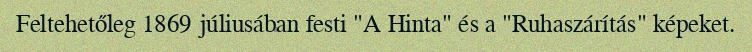
Feltehetőleg 1869 júliusában festi "A Hinta" és a "Ruhaszárítás" képeket.